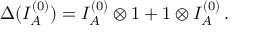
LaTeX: \Delta ( I _ { A } ^ { ( 0 ) } ) = I _ { A } ^ { ( 0 ) } \otimes 1 + 1 \otimes I _ { A } ^ { ( 0 ) } \, .